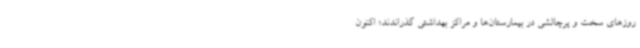
روزهای سخت و پرچالشی در بیمارستان‌ها و مراکز بهداشتی گذراندند؛ اکنون